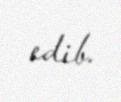
edib.